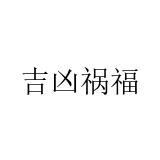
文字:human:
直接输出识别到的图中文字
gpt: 吉凶祸福